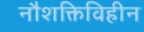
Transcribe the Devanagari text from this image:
नौशक्तिविहीन